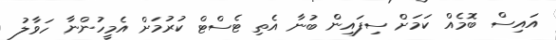
އައިސް ބޮމެއް ކަމަށް ސިފައިން ބުނާ އެތި ޓެސްޓް ކުރުމަށް އެމީހުންނާ ހަވާލު